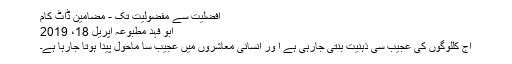
افضلیت سے مفضولیت تک - مضامین ڈاٹ کام
ابو فہد مطبوعہ اپریل 18، 2019
آج کللوگوں کی عجیب سی ذہنیت بنتی جارہی ہے ا ور انسانی معاشروں میں عجیب سا ماحول پیدا ہوتا جارہا ہے۔